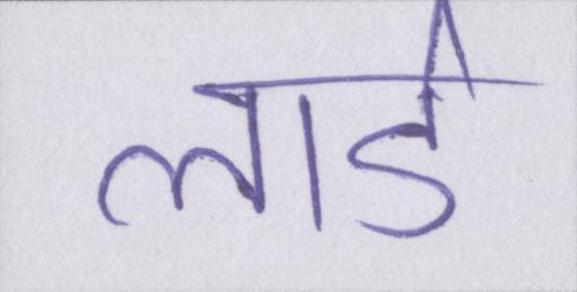
लार्ड